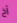
آخ